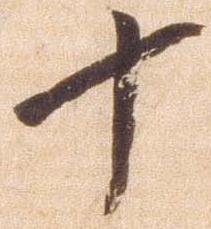
十